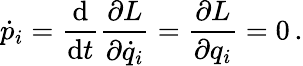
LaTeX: {\dot{p}}_{i}={\frac{\mathrm{d}}{\mathrm{d}t}}{\frac{\partial L}{\partial{\dot{q}}_{i}}}={\frac{\partial L}{\partial q_{i}}}=0\, .